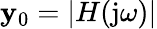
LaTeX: \mathbf{y}_{0}=|H(\mathrm{{j}}\omega)|